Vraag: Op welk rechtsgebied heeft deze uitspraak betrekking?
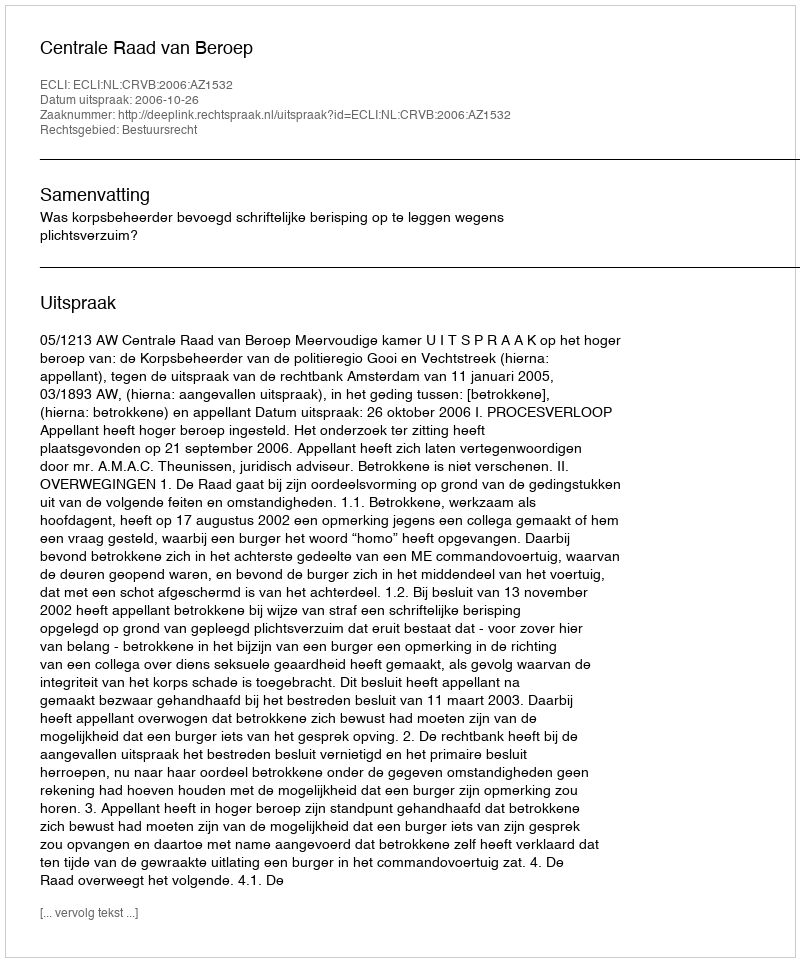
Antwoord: Bestuursrecht